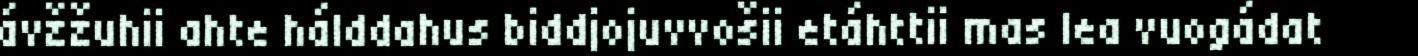
ávžžuhii ahte hálddahus biddjojuvvošii etáhttii mas lea vuogádat